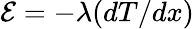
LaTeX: {\mathcal E}=-\lambda(dT/dx)